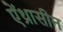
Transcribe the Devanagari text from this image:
ऐंथ्रासीन